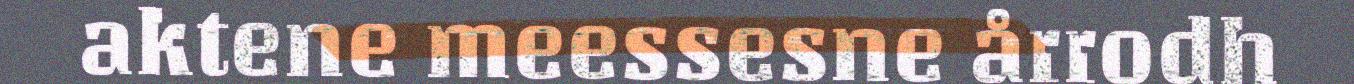
aktene meessesne årrodh